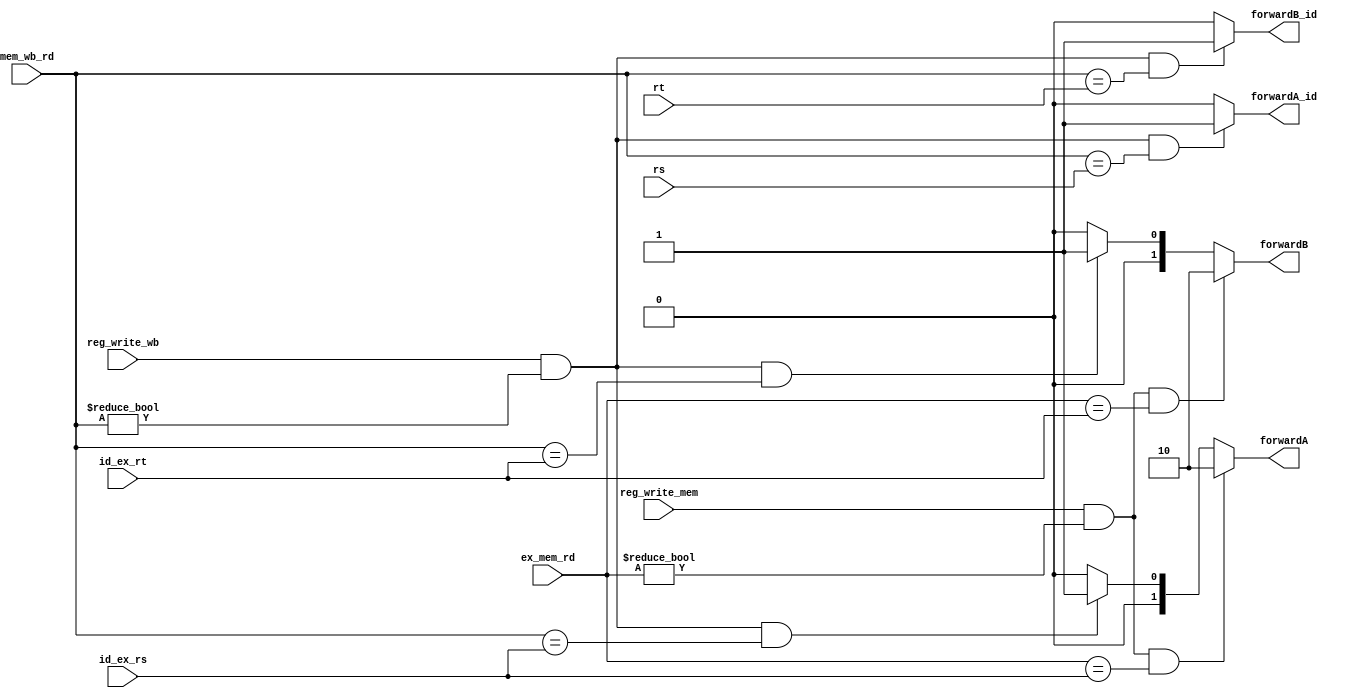
module bypass(ex_mem_rd,mem_wb_rd,id_ex_rs,id_ex_rt,rs,rt,reg_write_mem,reg_write_wb,forwardA,forwardB,forwardA_id,forwardB_id);
	input [4:0] ex_mem_rd;
	input [4:0] mem_wb_rd;
	input [4:0] id_ex_rs;
	input [4:0] id_ex_rt;
	input [4:0] rs;
	input [4:0] rt;
	input reg_write_mem;
	input reg_write_wb;
	
	output reg [1:0] forwardA;
	output reg [1:0] forwardB;
	output reg forwardA_id;
	output reg forwardB_id;
	
	always@(*)
	begin
		if(reg_write_mem && ex_mem_rd != 5'b00000 && ex_mem_rd == id_ex_rs)
			forwardA<=2'b10;
		else if(reg_write_wb && mem_wb_rd	!= 5'b00000 && mem_wb_rd == id_ex_rs)
			forwardA<=2'b01;
		else 
			forwardA<=2'b00;
		
		if(reg_write_mem && ex_mem_rd != 5'b00000 && ex_mem_rd == id_ex_rt)
			forwardB<=2'b10;
		else if(reg_write_wb && mem_wb_rd != 5'b00000 && mem_wb_rd == id_ex_rt)
			forwardB<=2'b01;
		else
			forwardB<=2'b00;
			
		if(reg_write_wb && mem_wb_rd != 5'b00000 && mem_wb_rd == rs)
			forwardA_id<=1'b1;
		else
			forwardA_id<=1'b0;
			
		if(reg_write_wb && mem_wb_rd != 5'b00000 &&mem_wb_rd == rt)
			forwardB_id<=1'b1;
		else
			forwardB_id<=1'b0;
	end
	
endmodule